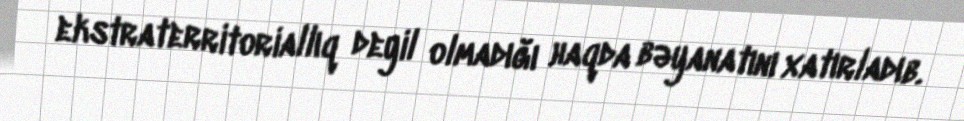
ekstraterritoriallıq deyil olmadığı haqda bəyanatını xatırladıb.